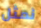
نمثل